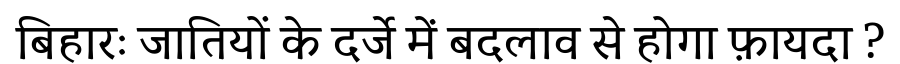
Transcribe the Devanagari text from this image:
बिहारः जातियों के दर्जे में बदलाव से होगा फ़ायदा ?